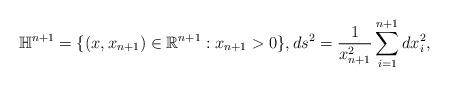
LaTeX: \begin{align*}\mathbb{H}^{n+1}=\{(x,x_{n+1})\in \mathbb{R}^{n+1}:x_{n+1}>0\},ds^2=\frac{1}{x_{n+1}^2}\sum_{i=1}^{n+1}dx_i^2,\end{align*}